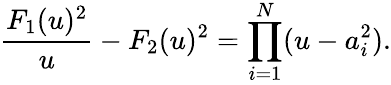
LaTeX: \frac{F_{1}(u)^{2}}{u}-F_{2}(u)^{2}=\prod_{i=1}^{N}(u-a_{i}^{2}).